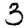
Digit: 3